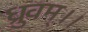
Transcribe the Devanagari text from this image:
ध्रुवम्।।